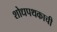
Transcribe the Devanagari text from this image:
शोधपथकाची